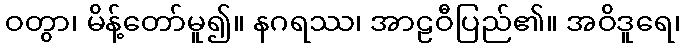
ဝတွာ၊ မိန့်တော်မူ၍။ နဂရဿ၊ အာဠဝီပြည်၏။ အဝိဒူရေ၊